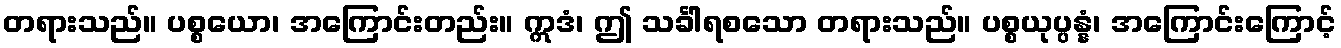
တရားသည်။ ပစ္စယော၊ အကြောင်းတည်း။ ဣဒံ၊ ဤ သင်္ခါရစသော တရားသည်။ ပစ္စယုပ္ပန္နံ၊ အကြောင်းကြောင့်